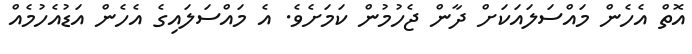
އޮތް އެހެން މައްސަލައަކަށް ދާން ޖެހުމުން ކަމަށެވެ. އެ މައްސަލައިގެ އެހެން އަޑުއެހުމެއް